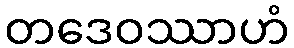
တဒေဝဿာဟံ